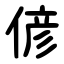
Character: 偐